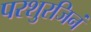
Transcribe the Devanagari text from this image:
परशुरजिनं